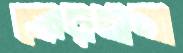
ফেরগানা